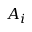
A _ { i }